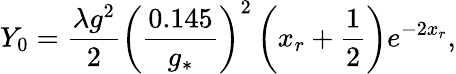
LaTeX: Y_{0}=\frac{\lambda g^{2}}{2}\left(\frac{0.145}{g_{*}}\right)^{2}\left(x_{r}+\frac{1}{2}\right)e^{-2x_{r}},